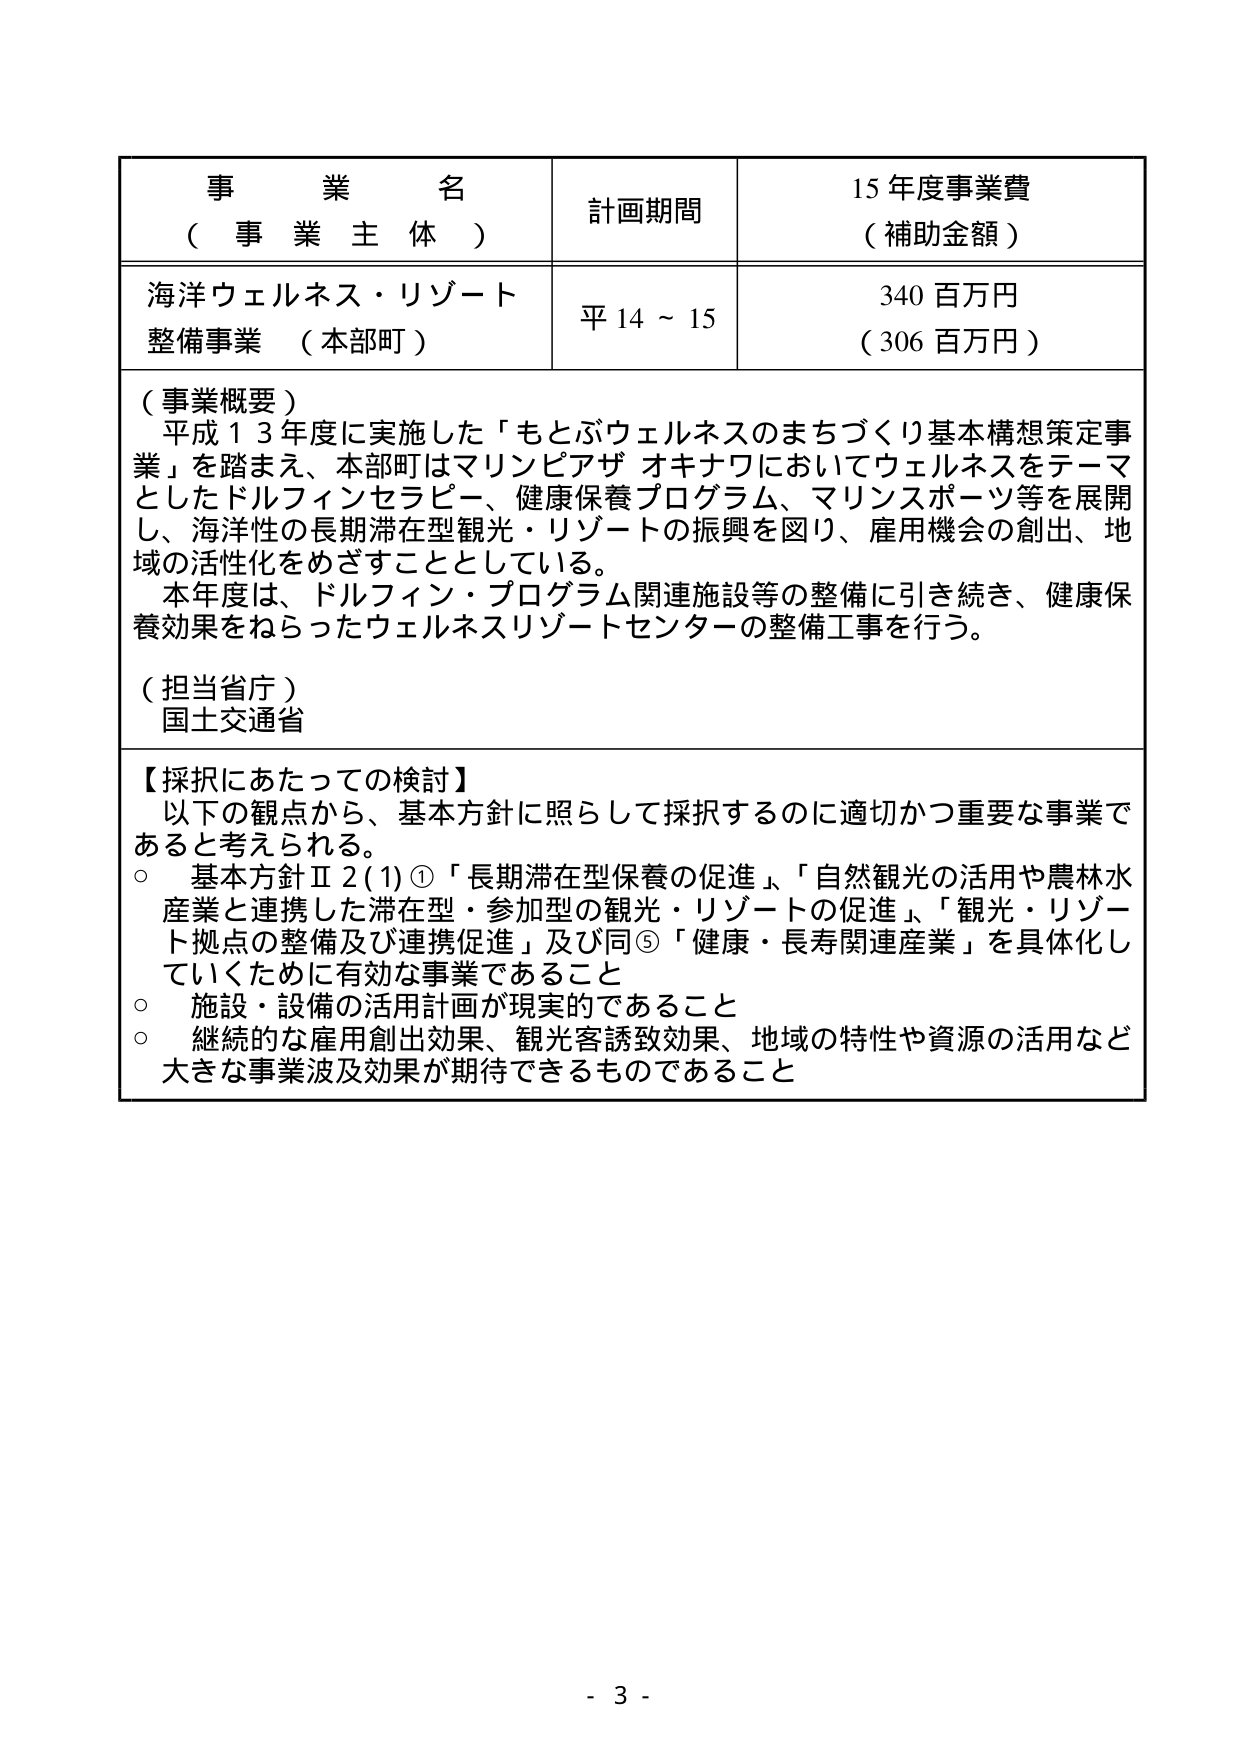
事 業 名
（ 事 業 主 体 ）
計画期間
15 年度事業費
（ 補助金額 ）

海洋ウェルネス・リゾート
整備事業 （本部町）
平 14 ～ 15
340 百万円
（ 306 百万円 ）

（事業概要）
平成１３年度に実施した「もとぶウェルネスのまちづくり基本構想策定事業」を踏まえ、本部町はマリンピアザ オキナワにおいてウェルネスをテーマとしたドルフィンセラピー、健康保養プログラム、マリンスポーツ等を展開し、海洋性の長期滞在型観光・リゾートの振興を図り、雇用機会の創出、地域の活性化をめざすこととしている。
本年度は、ドルフィン・プログラム関連施設等の整備に引き続き、健康保養効果をねらったウェルネスリゾートセンターの整備工事を行う。

（担当省庁）
国土交通省

【採択にあたっての検討】
以下の観点から、基本方針に照らして採択するのに適切かつ重要な事業であると考えられる。
○ 基本方針Ⅱ2(1)①「長期滞在型保養の促進」、「自然観光の活用や農林水産業と連携した滞在型・参加型の観光・リゾートの促進」、「観光・リゾート拠点の整備及び連携促進」及び同⑤「健康・長寿関連産業」を具体化していくために有効な事業であること
○ 施設・設備の活用計画が現実的であること
○ 継続的な雇用創出効果、観光客誘致効果、地域の特性や資源の活用など大きな事業波及効果が期待できるものであること

- 3 -